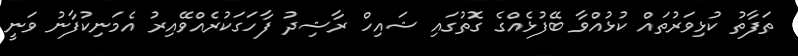
ތަފާތު ކުޅިވަރުތައް ކުޅުއްވާ ބޭފުޅެއްގެ ގޮތުގައި ޝައިހް ރާޝިދު ފާހަގަކުރެއްވޭއިރު އެމަނިކުފާނު ވަނީ